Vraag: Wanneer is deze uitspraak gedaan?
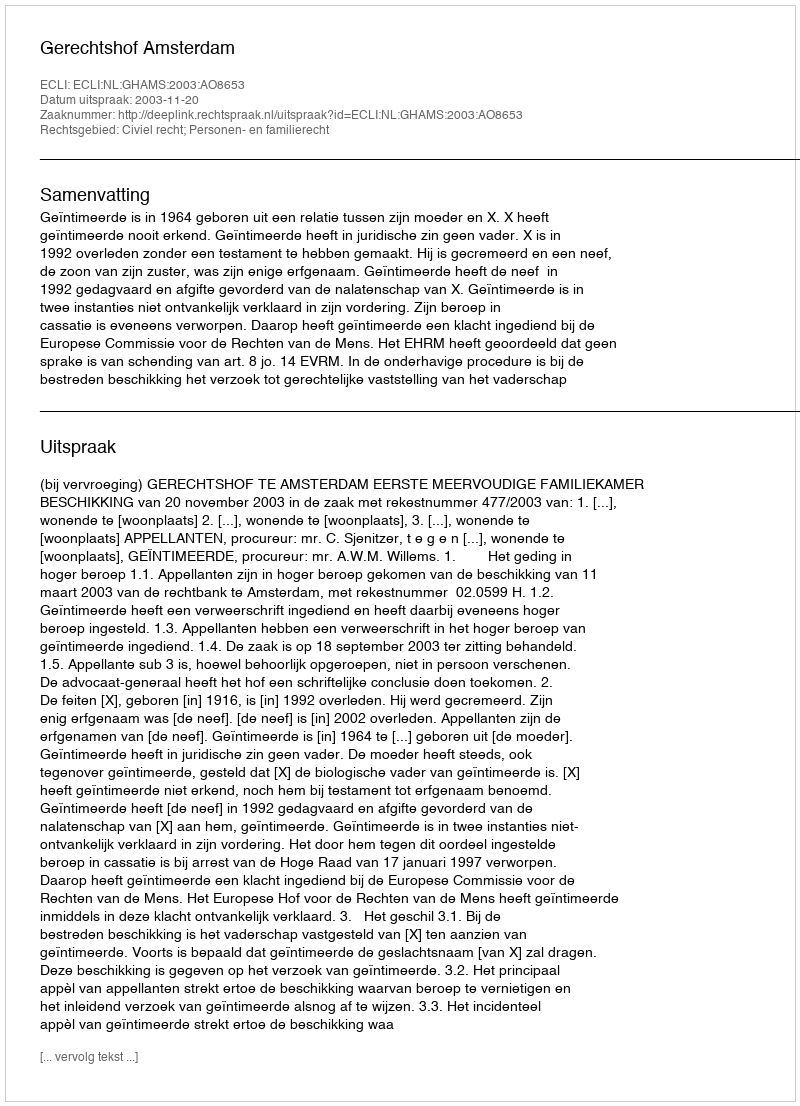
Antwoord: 2003-11-20